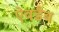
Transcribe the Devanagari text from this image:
ऐबडैब